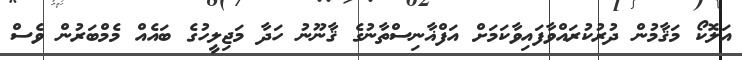
އަލޮކޯ މަޤާމުން ދުރުކުރައްވާފައިވާކަމަށް އަފްޣާނިސްތާނުގެ ޤާނޫނު ހަދާ މަޖިލީހުގެ ބައެއް މެމްބަރުން ވެސް